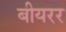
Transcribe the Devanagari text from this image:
बीयरर